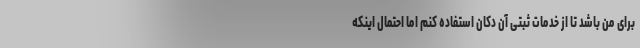
برای من باشد تا از خدمات ثبتی آن دکّان استفاده کنم اما احتمال اینکه